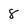
Character: 8